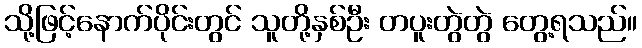
သို့ဖြင့်နောက်ပိုင်းတွင် သူတို့နှစ်ဦး တပူးတွဲတွဲ တွေ့ရသည်။